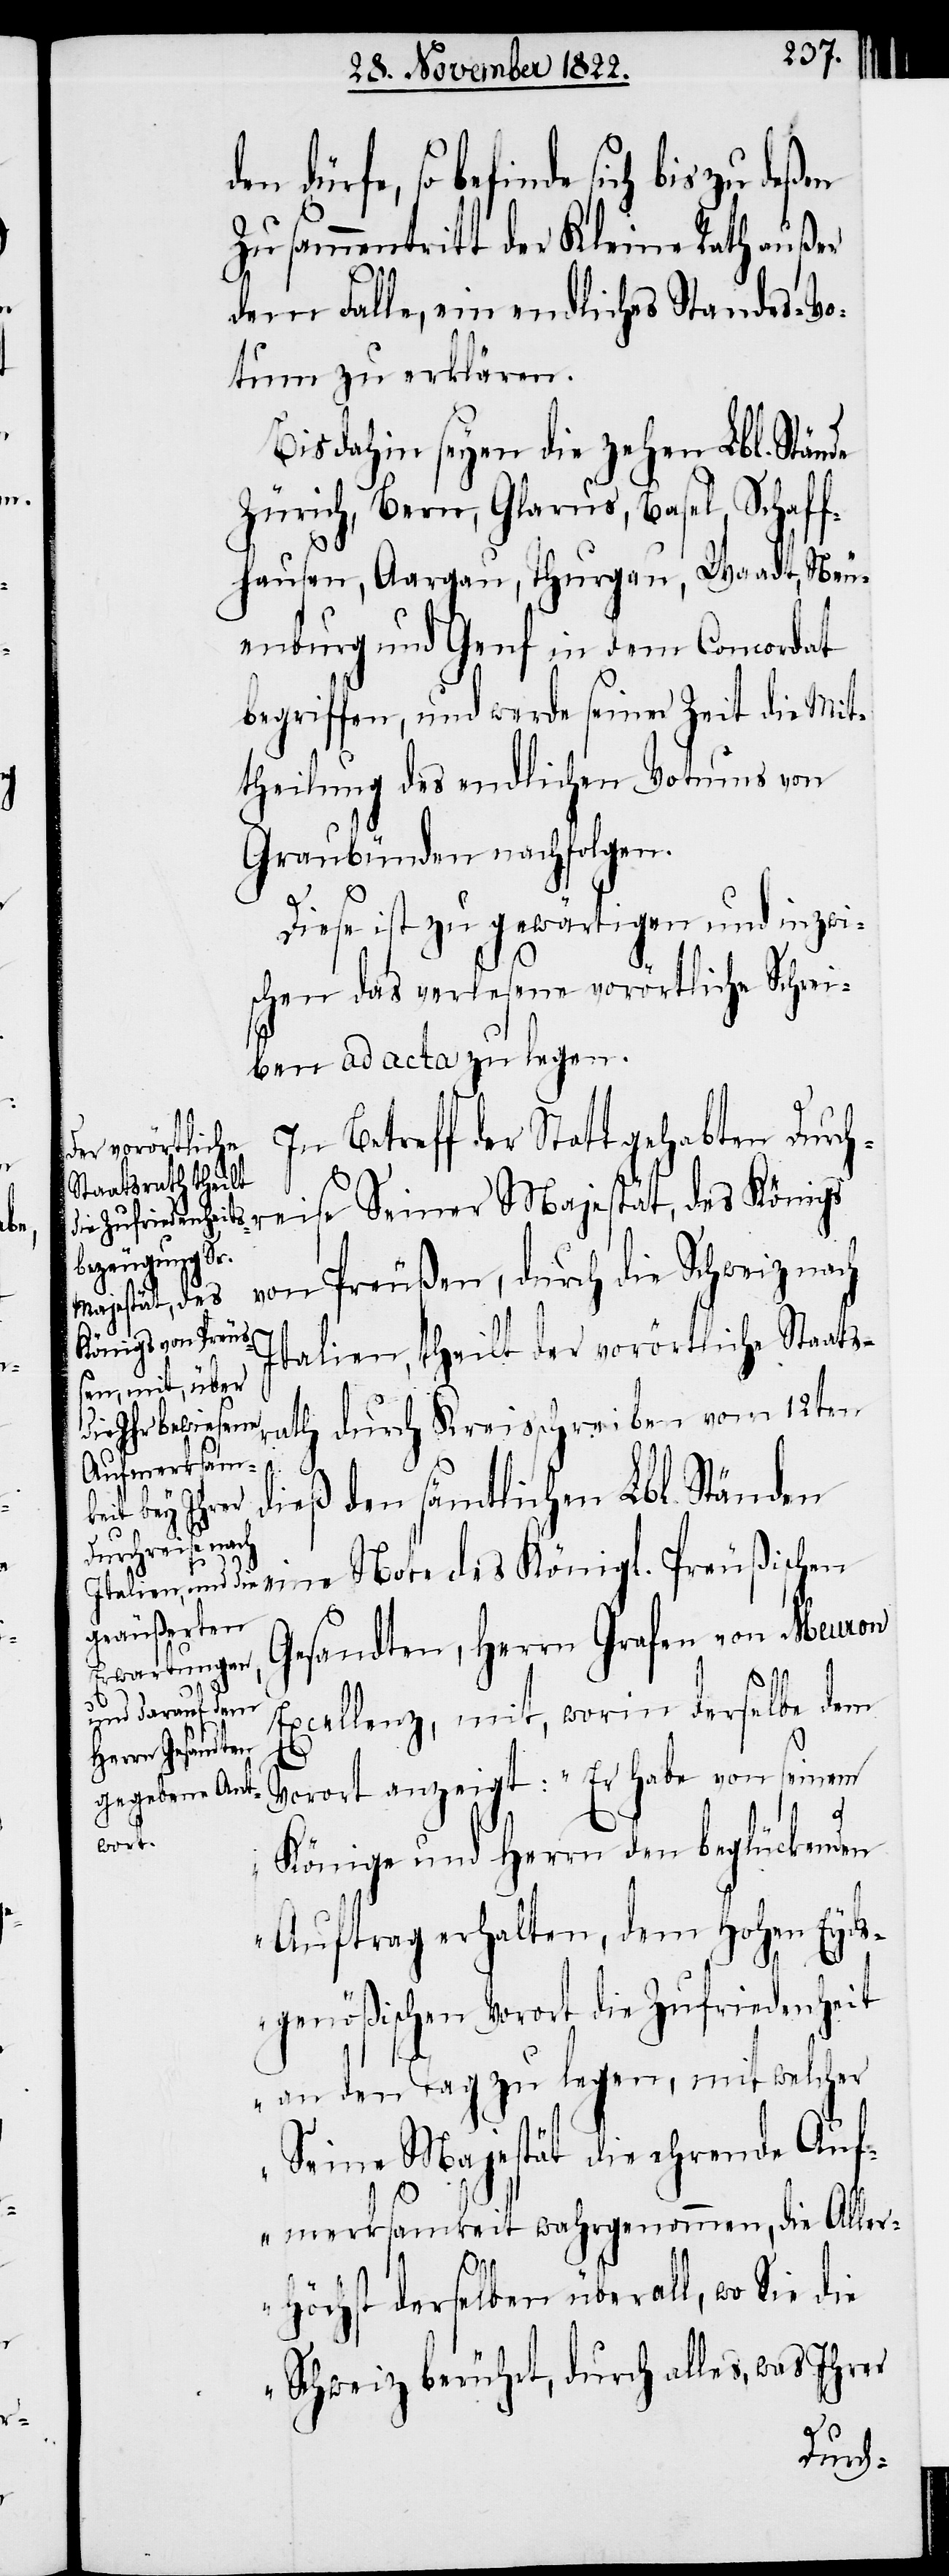
den

reise Seiner Majestät, des
Zusammentritt der Kleine Rath außer
dem Falle, ein endliches Standes-Vo¬
tum zu erklären.
Bis dahin seyen die zehen Lbl. Stände
Zürich, Bern, Glarus, Basel, Schaff¬
hausen, Aargau, Thurgau, Waadt, Neu¬
enburg und Genf in dem Concordat
begriffen, und werde seiner Zeit die Mit¬
theilung des endlichen Votums von
Graubünden nachfolgen.
Diese ist zu gewärtigen und inzwi¬
schen das verlesene vorörtliche Schrei¬
ben ad acta zu legen.
In Betreff der Statt gehabten Durch¬
Königs von Preußen, durch die Schweiz nach
rath
Italien, theilt der vorörtliche Staats¬
vom 12ten dieß den sämtlichen Lbl. Ständen
eine Note des Königl. Preußischen
Gesandten, Herrn Grafen von Meuron
Excellenz, mit, worin derselbe dem
Vorort anzeigt: „Er habe von seinem
Könige und Herrn den beglückenden
Auftrag erhalten, dem Hohen Eyds¬
genößischen Vorort die Zufriedenheit
an den Tag zu legen, mit welcher
Seine Majestät die ehrende Auf¬
merksamkeit wahrgenommen, die Aller¬
höchst derselben überall, wo Sie die
Schweiz berührt, durch alles, was Ihrer
durch